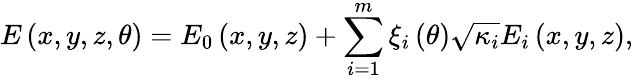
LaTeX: E\left(x,y,z,\theta\right)=E_{0}\left(x,y,z\right)+\sum_{i=1}^{m}\xi_{i}\left(\theta\right)\sqrt{\kappa_{i}}E_{i}\left(x,y,z\right),